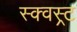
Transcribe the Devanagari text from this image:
स्क्वस्र्ट